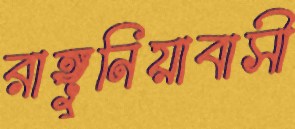
রাঙ্গুনিয়াবাসী